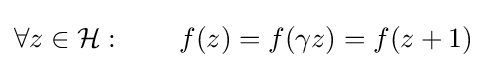
\forall z\in {\mathcal {H}}:\qquad f(z)=f(\gamma z)=f(z+1)